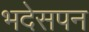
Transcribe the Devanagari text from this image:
भदेसपन